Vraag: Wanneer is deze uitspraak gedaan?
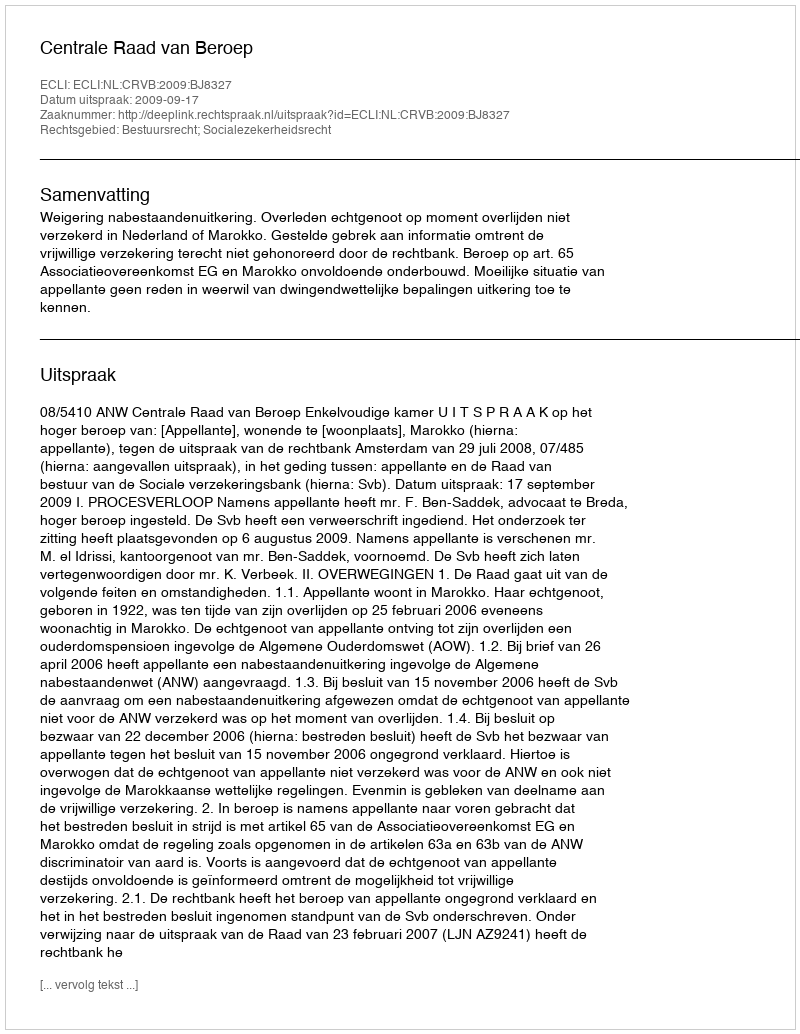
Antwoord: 2009-09-17